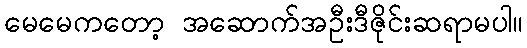
မေမေကတော့ အဆောက်အဦးဒီဇိုင်းဆရာမပါ။